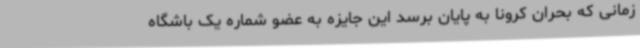
زمانی که بحران کرونا به پایان برسد این جایزه به عضو شماره یک باشگاه